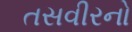
તસવીરનો